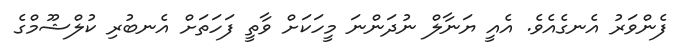
ފެންވަރު އެނގެއެވެ. އެއީ ޔަނާލް ނުދަންނަ މީހަކަށް ވާތީ ފަހަތަށް އެނބުރި ކުލްޝޫމްގެ